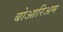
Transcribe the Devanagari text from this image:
बोआरिअम